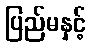
ပြည်မနှင့်